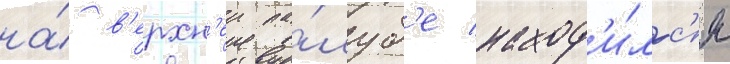
на́ в'ерхн'еи па́луб'е наход'и́лс'я